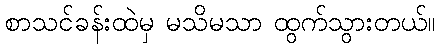
စာသင်ခန်းထဲမှ မသိမသာ ထွက်သွားတယ်။